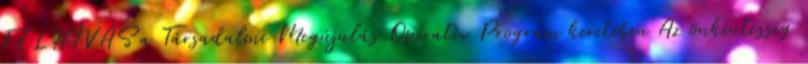
FELHÍVÁS a Társadalmi Megújulás Operatív Program keretében Az önkéntesség